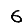
Digit: 6